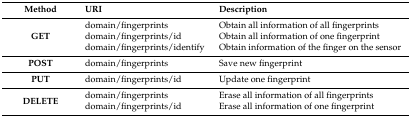
<table><thead><tr><td><b>Method</b></td><td><b>URI</b></td><td><b>Description</b></td></tr></thead><tbody><tr><td rowspan="3"><b>GET</b></td><td>domain/fingerprints</td><td>Obtain all information of all fingerprints</td></tr><tr><td>domain/fingerprints/id</td><td>Obtain all information of one fingerprint</td></tr><tr><td>domain/fingerprints/identify</td><td>Obtain information of the finger on the sensor</td></tr><tr><td><b>POST</b></td><td>domain/fingerprints</td><td>Save new fingerprint</td></tr><tr><td><b>PUT</b></td><td>domain/fingerprints/id</td><td>Update one fingerprint</td></tr><tr><td rowspan="2"><b>DELETE</b></td><td>domain/fingerprints</td><td>Erase all information of all fingerprints</td></tr><tr><td>domain/fingerprints/id</td><td>Erase all information of one fingerprint</td></tr></tbody></table>